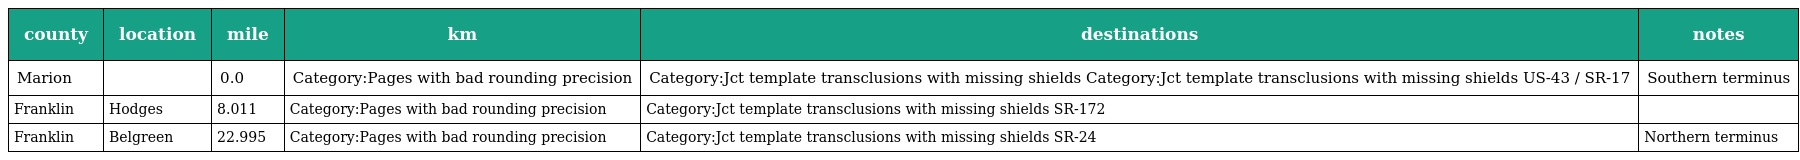
| county | location | mile | km | destinations | notes |
 | --- | --- | --- | --- | --- | --- |
 | Marion |  | 0.0 | Category:Pages with bad rounding precision | Category:Jct template transclusions with missing shields Category:Jct template transclusions with missing shields US-43 / SR-17 | Southern terminus |
 | Franklin | Hodges | 8.011 | Category:Pages with bad rounding precision | Category:Jct template transclusions with missing shields SR-172 |  |
 | Franklin | Belgreen | 22.995 | Category:Pages with bad rounding precision | Category:Jct template transclusions with missing shields SR-24 | Northern terminus |